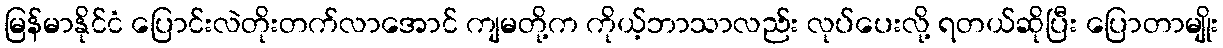
မြန်မာနိုင်ငံ ပြောင်းလဲတိုးတက်လာအောင် ကျမတို့က ကိုယ့်ဘာသာလည်း လုပ်ပေးလို့ ရတယ်ဆိုပြီး ပြောတာမျိုး